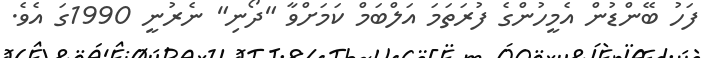
ފަހު ބޭންޑުން އެމީހުންގެ ފުރަތަމަ އަލްބަމް ކަމަށްވާ "ދޯނި" ނެރުނީ 1990ގަ އެވެ.